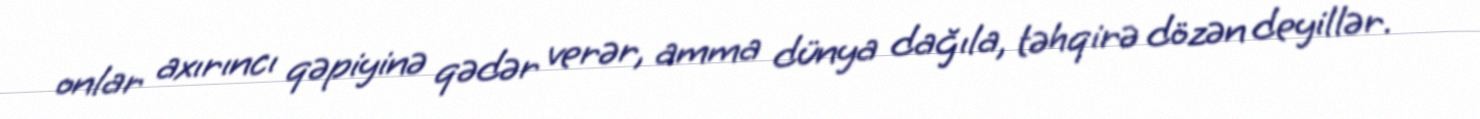
onlar axırıncı qəpiyinə qədər verər, amma dünya dağıla, təhqirə dözən deyillər.